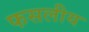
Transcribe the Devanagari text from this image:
फसलीय